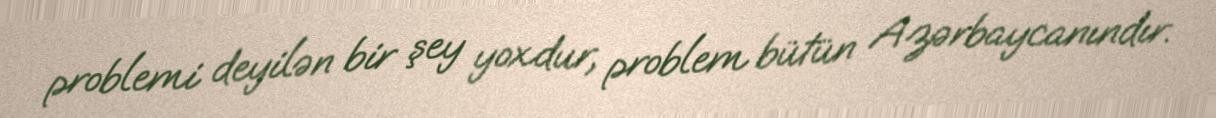
problemi deyilən bir şey yoxdur, problem bütün Azərbaycanındır.